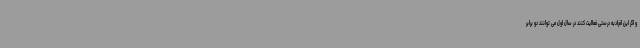
و اگر این افرادبه درستی فعالیت کنند در سال اول می توانند دو برابر